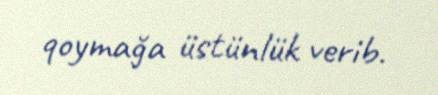
qoymağa üstünlük verib.